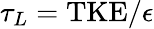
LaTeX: \tau_{L}=\textrm{TKE}/\epsilon